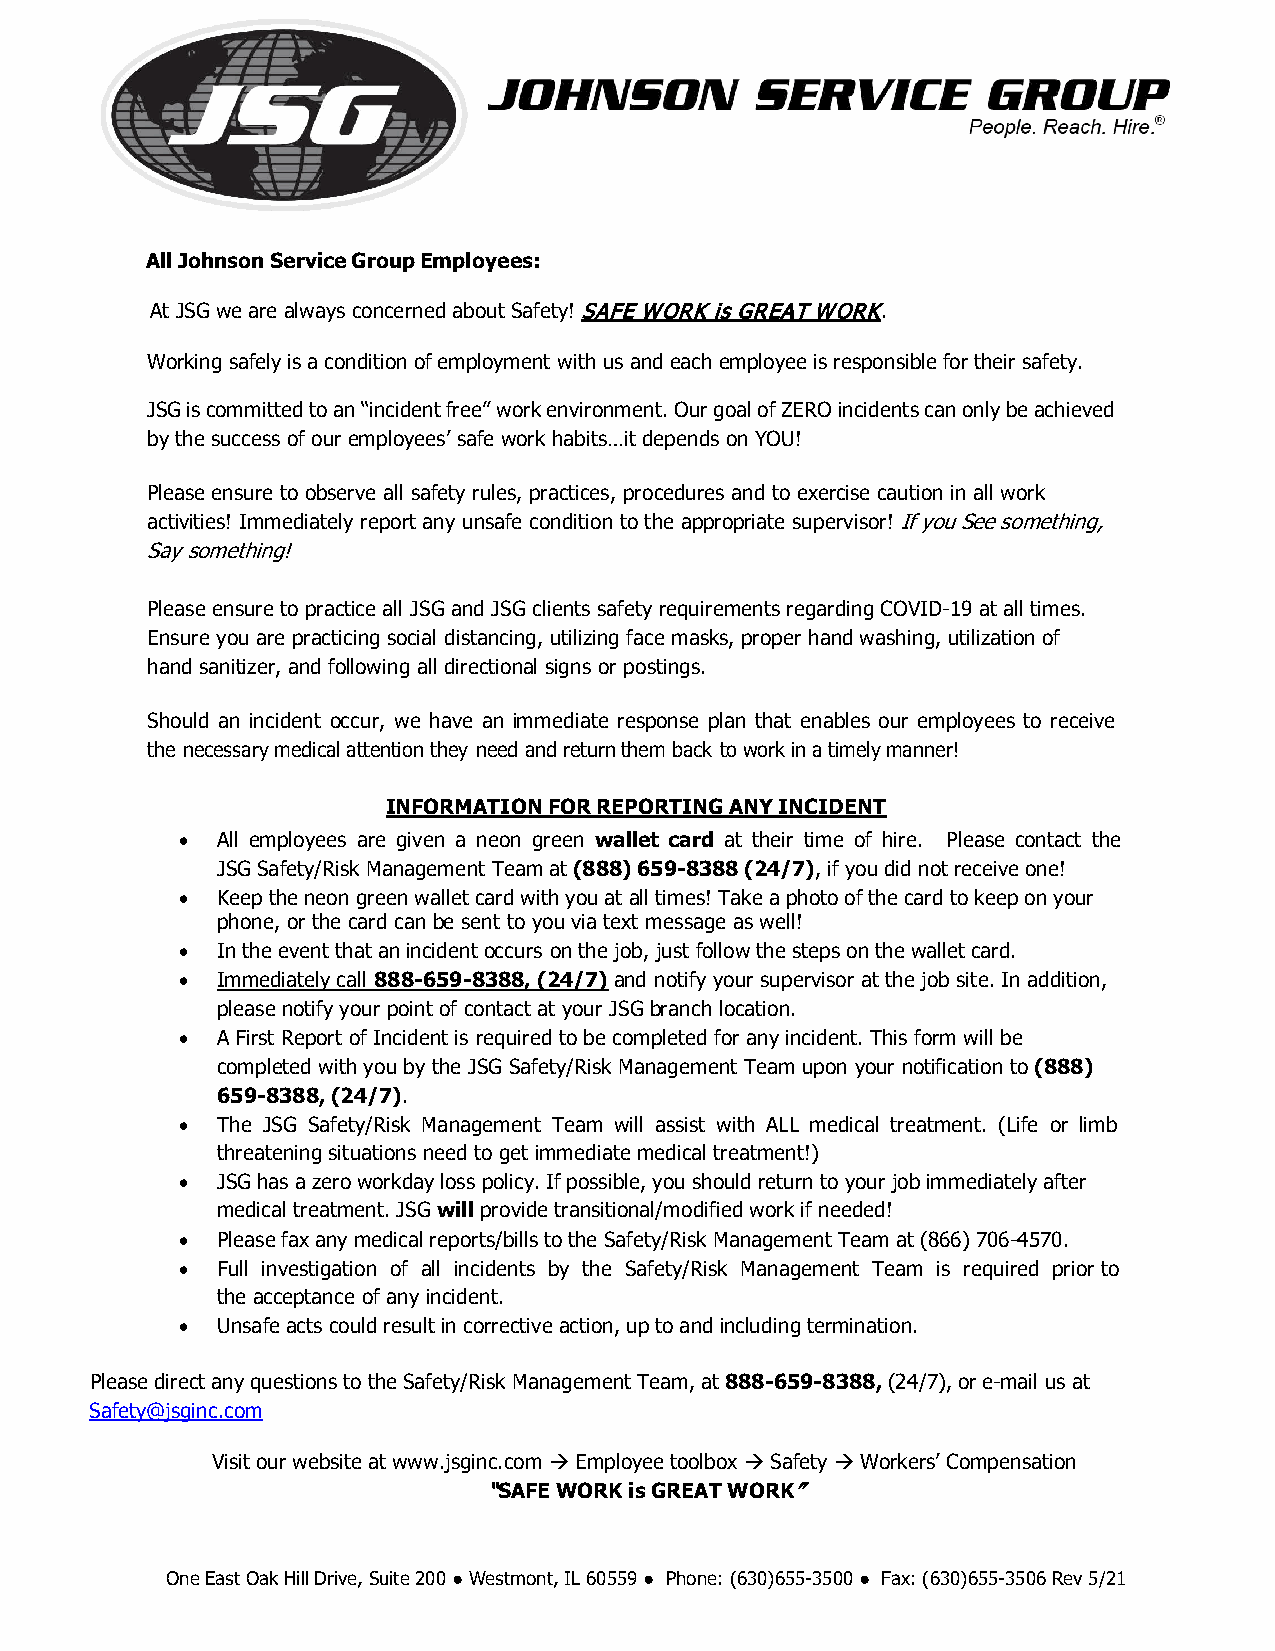
All Johnson Service Group Employees:
 At JSG we are always concerned about Safety! SAFE WORK is GREAT WORK.
 Working safely is a condition of employment with us and each employee is responsible for their safety.
 JSG is committed to an “incident free” work environment. Our goal of ZERO incidents can only be achieved
 by the success of our employees’ safe work habits…it depends on YOU!
 Please ensure to observe all safety rules, practices, procedures and to exercise caution in all work
 activities! Immediately report any unsafe condition to the appropriate supervisor! If you See something,
 Say something!
 Please ensure to practice all JSG and JSG clients safety requirements regarding COVID-19 at all times.
 Ensure you are practicing social distancing, utilizing face masks, proper hand washing, utilization of
 hand sanitizer, and following all directional signs or postings.
 Should an incident occur, we have an immediate response plan that enables our employees to receive
 the necessary medical attention they need and return them back to work in a timely manner!
 INFORMATION FOR REPORTING ANY INCIDENT
 • All employees are given a neon green wallet card at their time of hire. Please contact the
 JSG Safety/Risk Management Team at (888) 659-8388 (24/7), if you did not receive one!
 • Keep the neon green wallet card with you at all times! Take a photo of the card to keep on your
 phone, or the card can be sent to you via text message as well!
 • In the event that an incident occurs on the job, just follow the steps on the wallet card.
 • Immediately call 888-659-8388, (24/7) and notify your supervisor at the job site. In addition,
 please notify your point of contact at your JSG branch location.
 • A First Report of Incident is required to be completed for any incident. This form will be
 completed with you by the JSG Safety/Risk Management Team upon your notification to (888)
 659-8388, (24/7).
 • The JSG Safety/Risk Management Team will assist with ALL medical treatment. (Life or limb
 threatening situations need to get immediate medical treatment!)
 • JSG has a zero workday loss policy. If possible, you should return to your job immediately after
 medical treatment. JSG will provide transitional/modified work if needed!
 • Please fax any medical reports/bills to the Safety/Risk Management Team at (866) 706-4570.
 • Full investigation of all incidents by the Safety/Risk Management Team is required prior to
 the acceptance of any incident.
 • Unsafe acts could result in corrective action, up to and including termination.
 Please direct any questions to the Safety/Risk Management Team, at 888-659-8388, (24/7), or e-mail us at
 Safety@jsginc.com
 Visit our website at www.jsginc.com  Employee toolbox  Safety  Workers’ Compensation
 “SAFE WORK is GREAT WORK”
 One East Oak Hill Drive, Suite 200 ● Westmont, IL 60559 ● Phone: (630)655-3500 ● Fax: (630)655-3506 Rev 5/21